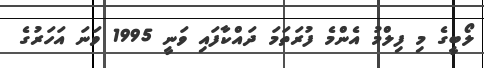
ލޯބީގެ މި ފިލްމު އެންމެ ފުރަތަމަ ދައްކާފައި ވަނީ 1995 ވަނަ އަހަރުގެ